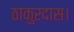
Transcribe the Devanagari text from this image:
ठाकुरदास।